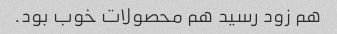
هم زود رسید هم محصولات خوب بود.